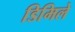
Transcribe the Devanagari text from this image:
डिमिले